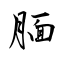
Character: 腼